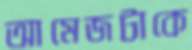
আমেজটাকে